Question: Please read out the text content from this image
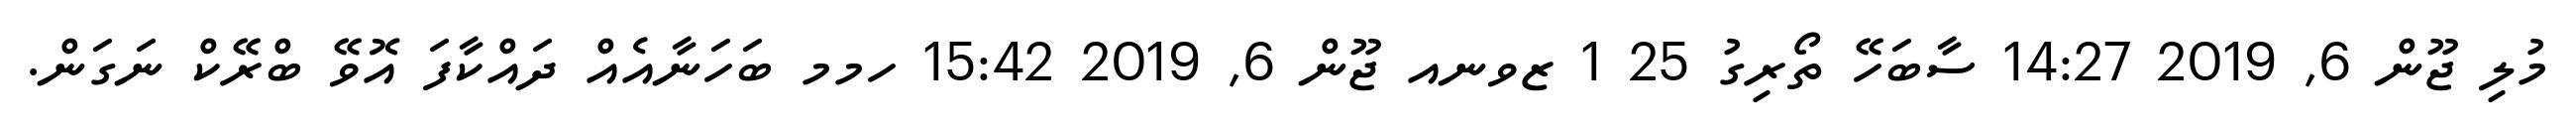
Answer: މުލި ޖޫން 6, 2019 14:27 ސާބަހޭ ތޯރިގު 25 1 ޒވނއ ޖޫން 6, 2019 15:42 ހމމ ބަހަނާއެއް ދައްކާފަ އޮވޭ ބްރޭކް ނަގަން.